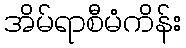
အိမ်ရာစီမံကိန်း